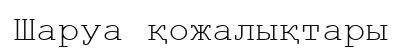
Шаруа қожалықтары